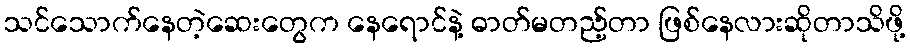
သင်သောက်နေတဲ့ဆေးတွေက နေရောင်နဲ့ ဓာတ်မတည့်တာ ဖြစ်နေလားဆိုတာသိဖို့